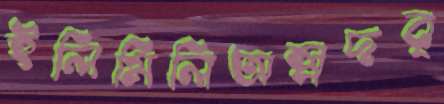
ইলিমিলিঅল্পদর্